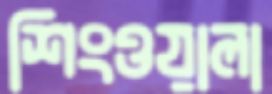
শিংওয়ালা